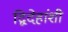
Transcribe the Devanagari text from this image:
द्विदेहांशी